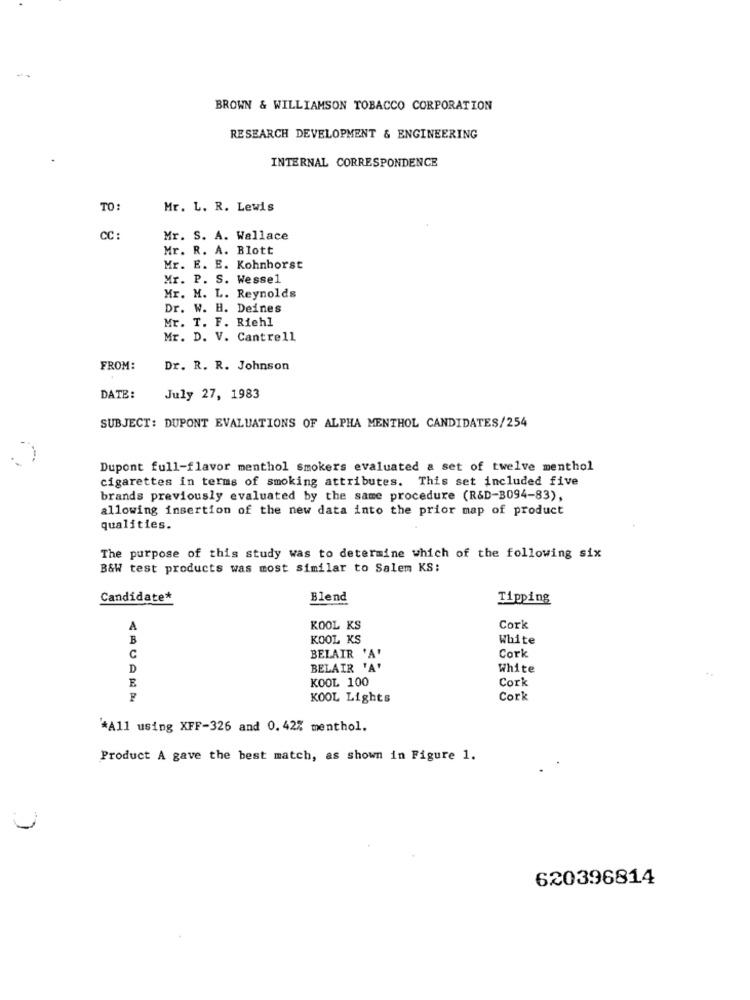
BROWN & WILLIAMSON TOBACCO CORPORATION
RESEARCH DEVELOPMENT & ENGINEERING
INTERNAL CORRESPONDENCE
TO:
Mr. L. R. Lewis
CC :
Mr. S. A. Wallace
Mr. R. A. Blott
Mr. E. E. Kohnhorst
Mr. P. S. Wessel
Mr. M. L. Reynolds
Dr. W. H. Deines
Mr. T. F. Riehl
Mr. D. V. Cantrell
FROM:
Dr. R. R. Johnson
DATE:
July 27, 1983
SUBJECT: DUPONT EVALUATIONS OF ALPHA MENTHOL CANDIDATES/254
Dupont full-flavor menthol smokers evaluated a set of twelve menthol
cigarettes in terms of smoking attributes. This set included five
brands previously evaluated by the same procedure (R&D-3094-83),
allowing insertion of the new data into the prior map of product
qualities.
The purpose of this study was to determine which of the following six
B&W test products was most similar to Salem KS:
Candidate*
Blend
Tipping
A
KOOL KS
Cork
B
KOOL KS
White
BELAIR 'A
Cork
C
D
BELAIR 'A
White
KOOL 100
Cork
E
KOOL Lights
Cork
*All using XFF-326 and 0. 42% menthol.
Product A gave the best match, as shown in Figure 1.
620396814